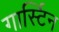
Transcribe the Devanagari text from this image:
गार्स्टिन